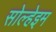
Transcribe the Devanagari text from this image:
सोल्हेइम